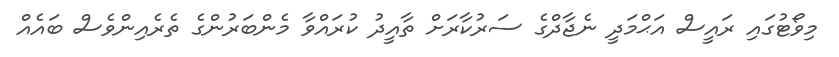
މިވޯޓުގައި ރައީސް އަޙްމަދީ ނެޖާދްގެ ސަރުކާރަށް ތާއީދު ކުރައްވާ މެންބަރުންގެ ތެރެއިންވެސް ބައެއް